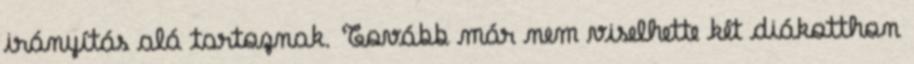
irányítás alá tartoznak. Tovább már nem viselhette két diákotthon